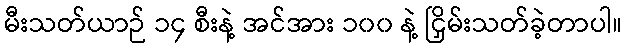
မီးသတ်ယာဉ် ၁၄ စီးနဲ့ အင်အား ၁၀၀ နဲ့ ငြှိမ်းသတ်ခဲ့တာပါ။